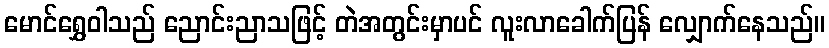
မောင်ရွှေဝါသည် ညောင်းညာသဖြင့် တဲအတွင်းမှာပင် လူးလာခေါက်ပြန် လျှောက်နေသည်။